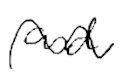
Text: and
Cross-out: wave
Writing tool: digital_black